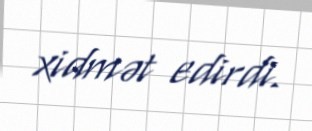
xidmət edirdi.